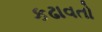
કઢાવતો